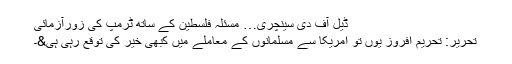
ڈیل آف دی سینچری… مسئلۂ فلسطین کے ساتھ ٹرمپ کی زورآزمائی
تحریر: تحریم افروز یوں تو امریکا سے مسلمانوں کے معاملے میں کبھی خیر کی توقع رہی ہی&۔